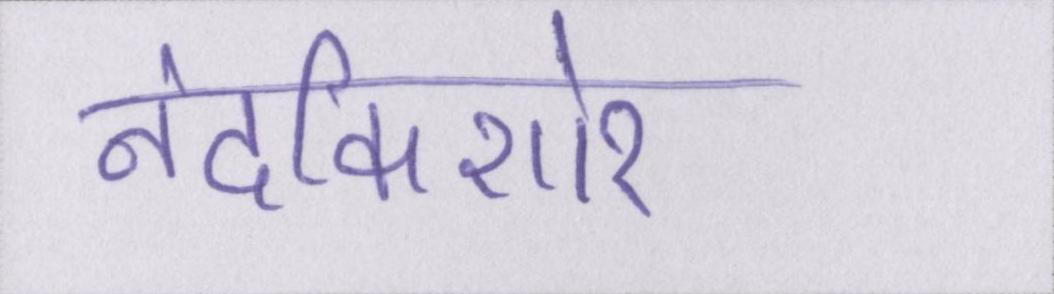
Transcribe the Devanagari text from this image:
नंदकिशोर